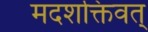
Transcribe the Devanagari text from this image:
मदशक्तिवत्